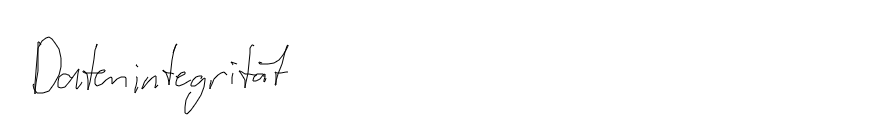
Datenintegrität